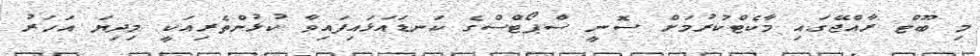
މި ބޫޓް ރާއްޖޭގައި މާކެޓްކުރުމަށް ސޮނީ ސްޕޯޓްސްގެ ކަނޑައަޅައިފައިވާ ކުޅުންތެރިއަކީ މިދިޔަ އަހަރު